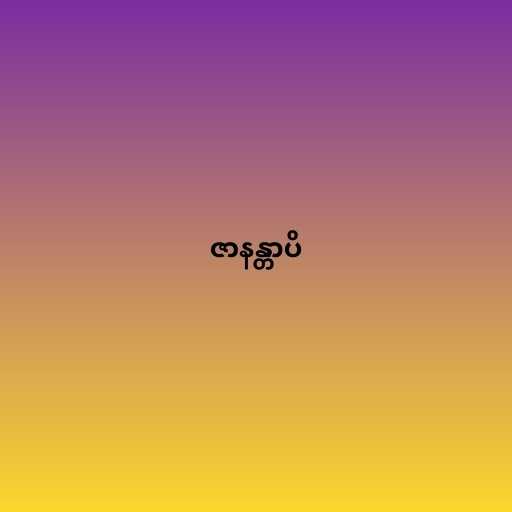
ဇာနန္တာပိ